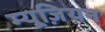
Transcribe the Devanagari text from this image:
म्यूज़ियन